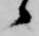
候